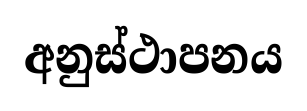
අනුස්ථාපනය